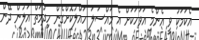
އެކަމަކު ވީ އެންމެ އަވަހަކަށް އެ މައްސަލަ ހައްލުކޮށްގެން ހިދުމަތް އަލުން ދޭން